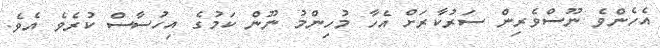
އެހެންވެ ނޫސްވެރިން ސަރުކާރަށް އެހާ މުހިންމު ނޫން ކަމުގެ އިހުސާސް ކުރެވެ އެވެ.